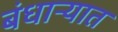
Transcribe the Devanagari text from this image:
बंधाऱ्यात